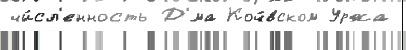
чи́сл'енность Д'́ма Коч́вском Уржа